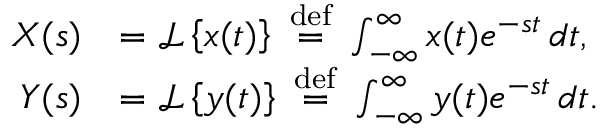
{ \begin{array} { r l } { X ( s ) } & { = { \mathcal { L } } \left\{ x ( t ) \right\} \ { \stackrel { \mathrm { d e f } } { = } } \ \int _ { - \infty } ^ { \infty } x ( t ) e ^ { - s t } \, d t , } \\ { Y ( s ) } & { = { \mathcal { L } } \left\{ y ( t ) \right\} \ { \stackrel { \mathrm { d e f } } { = } } \ \int _ { - \infty } ^ { \infty } y ( t ) e ^ { - s t } \, d t . } \end{array} }